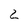
Character: 2